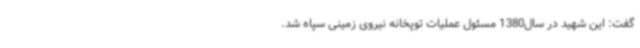
گفت: این شهید در سال1380 مسئول عملیات توپخانه نیروی زمینی سپاه شد.